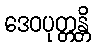
ဒေဝပုတ္တန္တိ